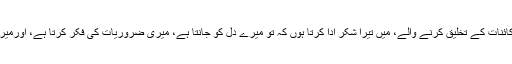
اے خدا، آسمان اور زمین کے خدا، کائنات کے تخلیق کرنے والے، میں تیرا شکر ادا کرتا ہوں کہ تو میرے دل کو جانتا ہے، میری ضروریات کی فکر کرتا ہے، اورمیرے زخموں میں مجھے شفا دیتا ہے۔